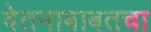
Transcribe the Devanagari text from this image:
वेतनाबाबतचा